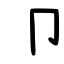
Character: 卩